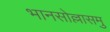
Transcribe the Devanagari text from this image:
भानसोल्लासमु